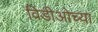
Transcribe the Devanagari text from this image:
विडीओच्या